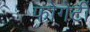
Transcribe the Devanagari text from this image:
फोगेर्टी